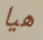
هيا